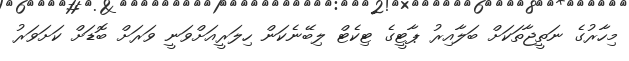
މިހާރުގެ ނަތީޖާތަކަށް ބަލާއިރު ޕާޓީގެ ޓިކެޓް ލިބޭނެކަން ހިލަރީއަށްވަނީ ވަރަށް ބޮޑަށް ކަށަވަރު